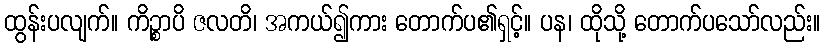
ထွန်းပလျက်။ ကိဉ္စာပိ ဇလတိ၊ အကယ်၍ကား တောက်ပ၏ရှင့်။ ပန၊ ထိုသို့ တောက်ပသော်လည်း။